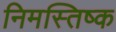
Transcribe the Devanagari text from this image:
निमस्तिष्क